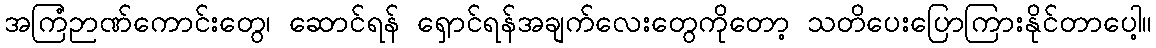
အကြံဉာဏ်ကောင်းတွေ၊ ဆောင်ရန် ရှောင်ရန်အချက်လေးတွေကိုတော့ သတိပေးပြောကြားနိုင်တာပေါ့။